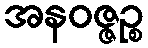
အနဝဇ္ဇဉ္စ